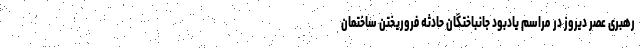
رهبری عصر دیروز در مراسم یادبود جانباختگان حادثه فروریختن ساختمان